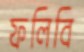
ফলিবি